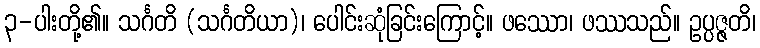
၃-ပါးတို့၏။ သင်္ဂတိ (သင်္ဂတိယာ)၊ ပေါင်းဆုံခြင်းကြောင့်။ ဖဿော၊ ဖဿသည်။ ဥပ္ပဇ္ဇတိ၊